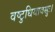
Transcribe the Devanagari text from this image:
वष्टुधियावसुः।